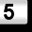
Digit: 5